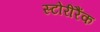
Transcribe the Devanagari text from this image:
स्टोरीरैंक